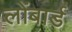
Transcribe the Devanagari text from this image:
लोंबार्ड